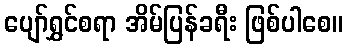
ပျော်ရွှင်စရာ အိမ်ပြန်ခရီး ဖြစ်ပါစေ။